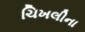
ચિખલીના